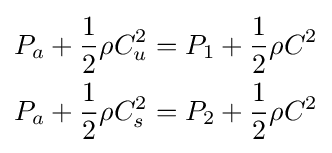
{\begin{aligned}P_{a}+{\frac {1}{2}}{\rho C_{u}^{2}}&=P_{1}+{\frac {1}{2}}{\rho C^{2}}\\P_{a}+{\frac {1}{2}}{\rho C_{s}^{2}}&=P_{2}+{\frac {1}{2}}{\rho C^{2}}\end{aligned}}